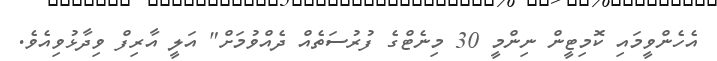
އެހެންވީމައި ކޮމިޓީން ނިންމީ 30 މިނެޓްގެ ފުރުސަތެއް ދެއްވުމަށް" އަލީ އާރިފް ވިދާޅުވިއެވެ.